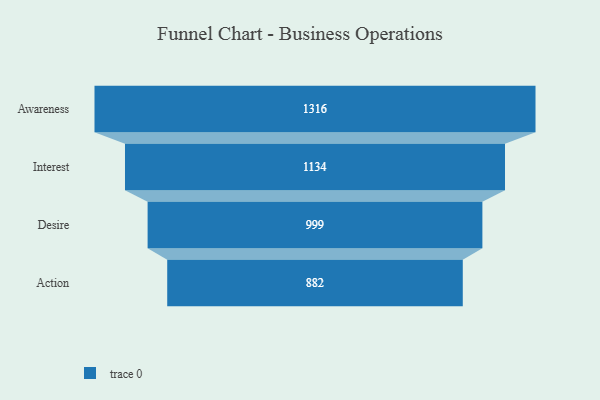
{"axis": {"x": "Stage", "y": "Value"}, "legend": [""], "data": [{"x": "Awareness", "y": 1316.0, "type": ""}, {"x": "Interest", "y": 1134.0, "type": ""}, {"x": "Desire", "y": 999.0, "type": ""}, {"x": "Action", "y": 882.0, "type": ""}]}